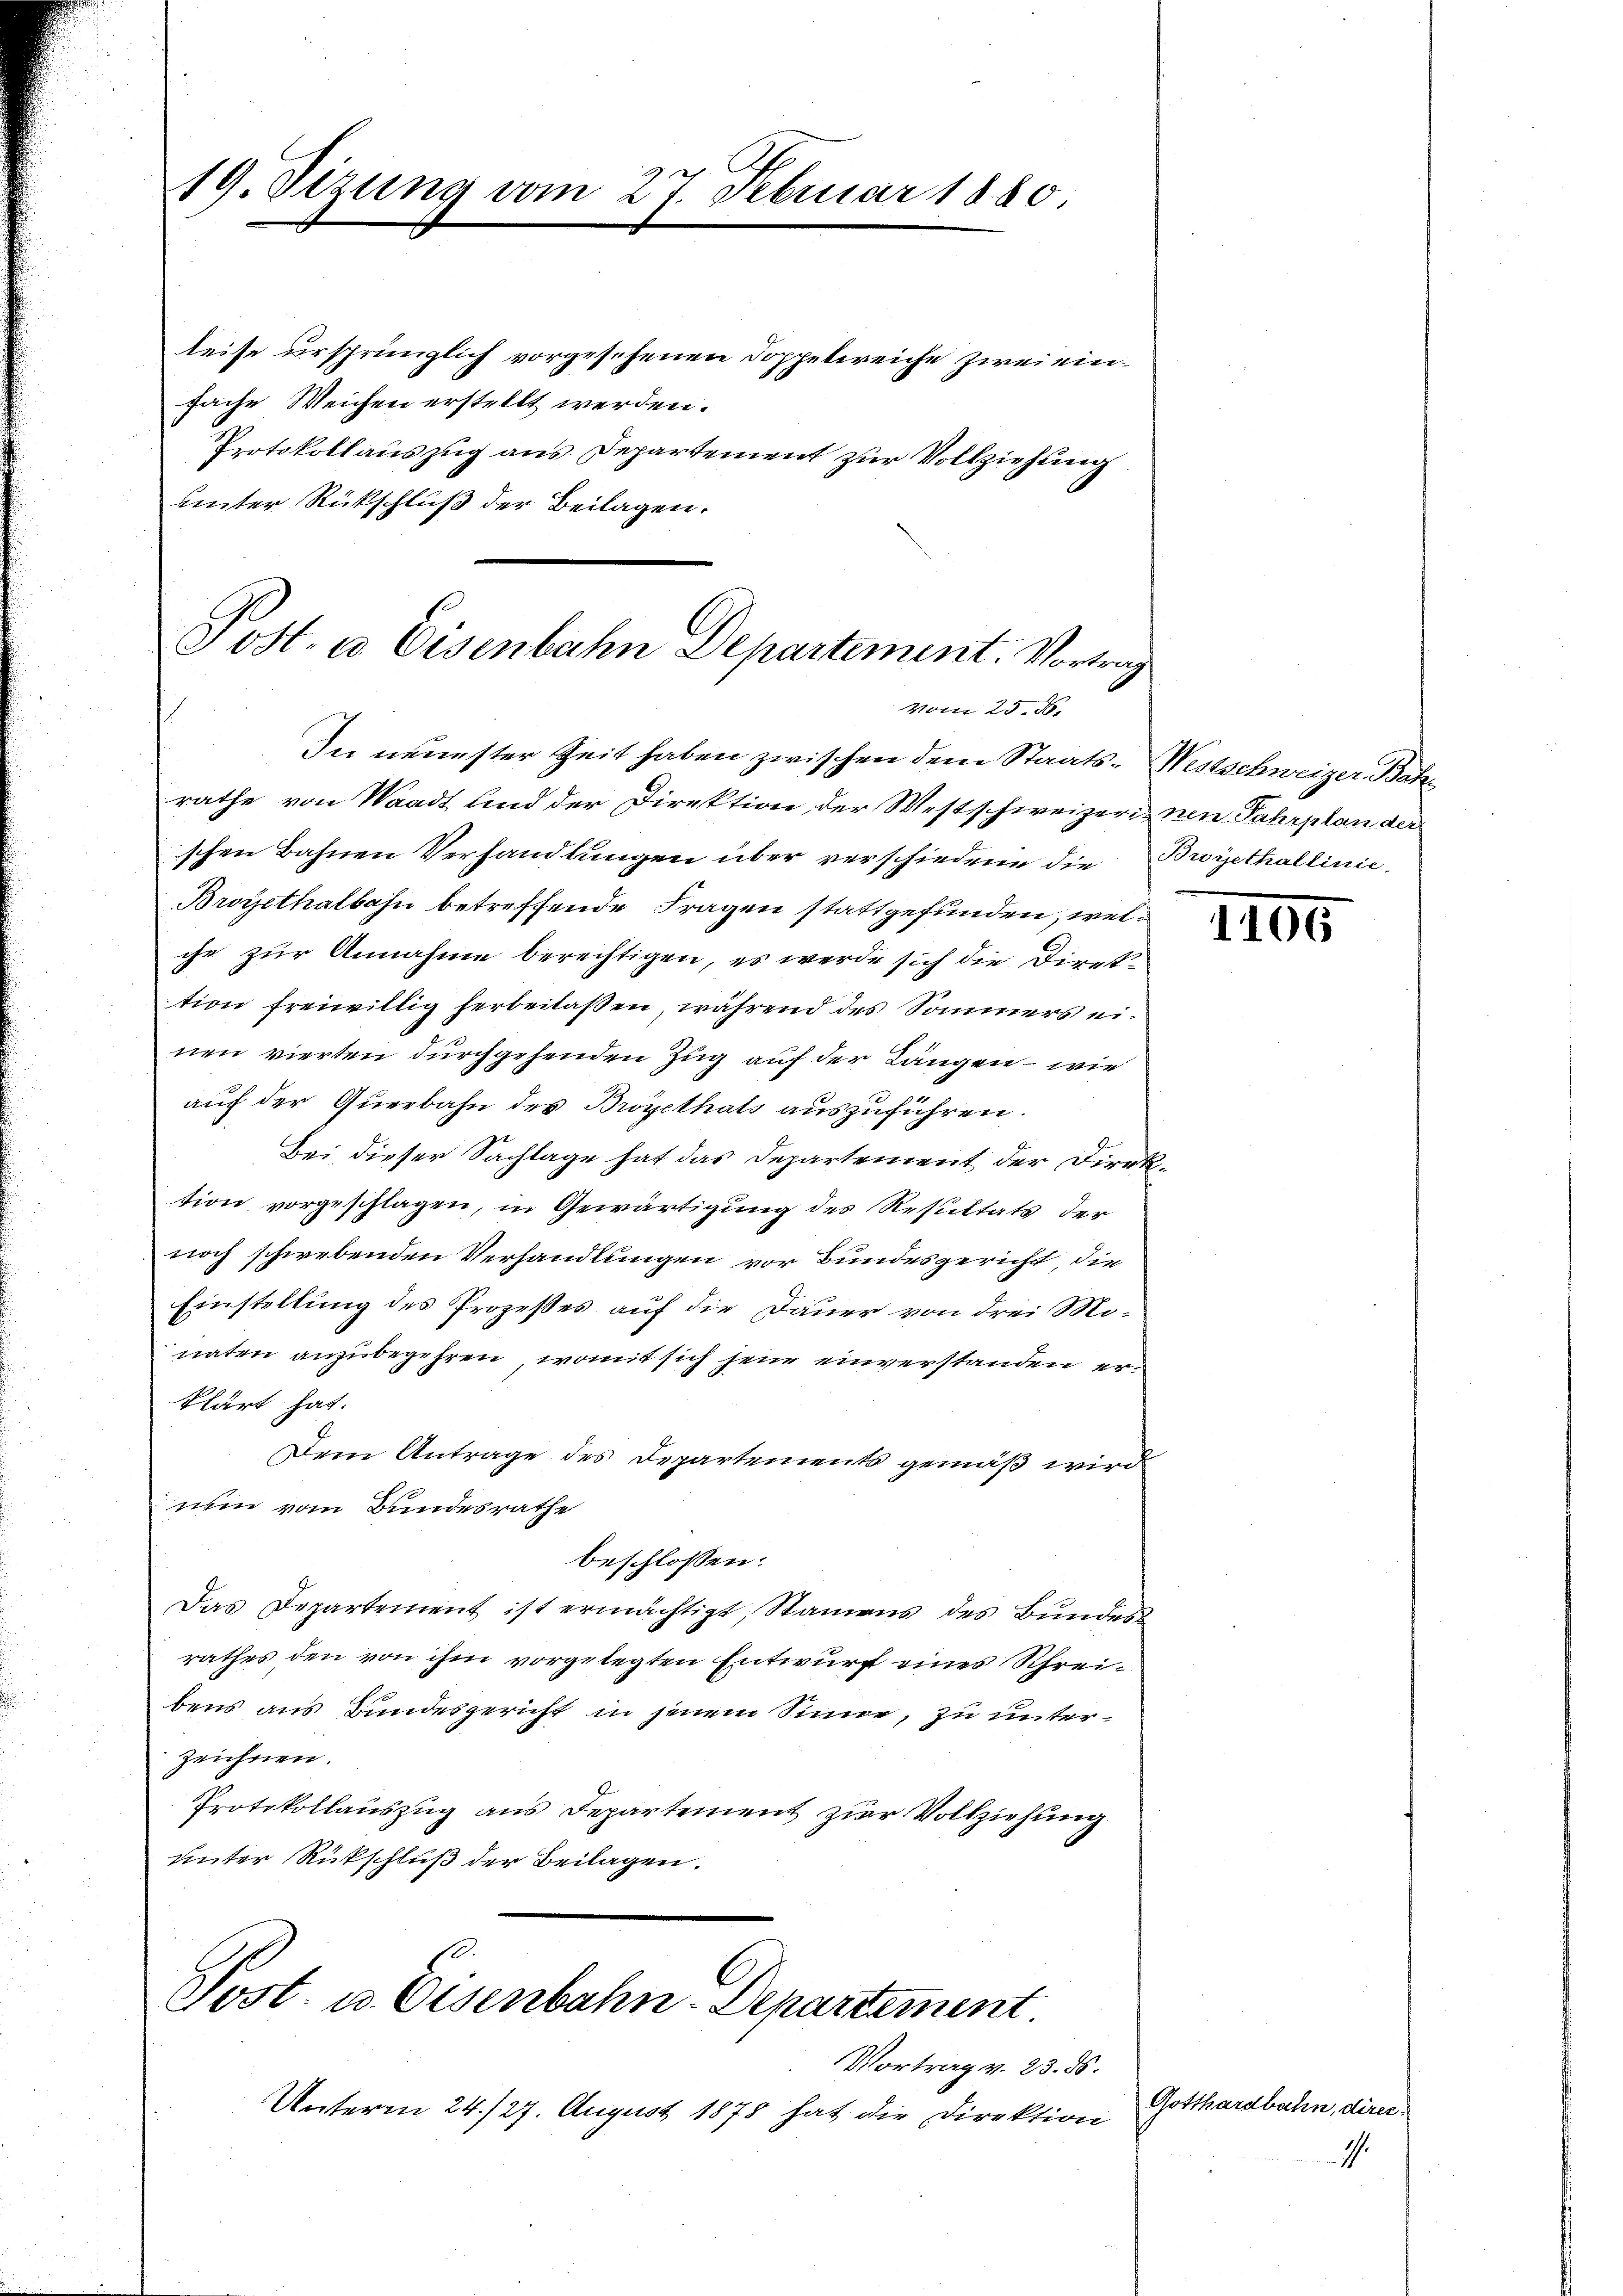
19. Sizung vom 27. Februar 1880

leise ursprünglich vorgesehenen Doppelereiche zwei einfache Weichen erstellt werden.
Protokollauszug aus Departement zur Vollziehung
uinter Rückschluß der Beilagen.

Post es Eisenbahn Departement. Vortrag
Vom 25. ds.
In neuester Zeit haben zwischen dem Staats-Westschweizer Bahn

rathe von Waadt und der Direktion der Westschweizerin nen Fahrplan der
schen Bahnen Verhandlungen über verschiedene die Broyethallinie,
Broyethalbahn betreffende Fragen stattgefunden, welche zur Annahme berechtigen, es werde sich die Diret
tion freiwillig herbeilassen, während des Sommers einen vierten durchgehenden Zug auf der Längen – wie
auf der Querbahn des Brögethats auszuführen.
Bei dieser Sachlage hat das Departement der Direktion vorgeschlagen, in Gewärtigung des Resultats der
noch schwebenden Verhandlungen vor Bundesgericht, die
Einstellung des Prozesses auf die Dauer von drei Monaten anzubegehren, womit sich jene einverstanden erklärt hat.
Dem Antrage des Departements gemäß wird
nem vom Bundesrathe
beschlossen:
Das Departement ist ermächtigt, Stammens des Bundes
rathes den von ihm vorgelegten Entwurf eines Schreibens aus Bundesgericht in jenem Sinne, zu unterzeichnen.
Protokollauszug aus Departement zur Vollziehung
unter Rückschluß der Beilagen.

Post. u. Eisenbahn-Departement

Vortrag v. 23. ds.
Unterm 24./27. August 1878 hat die Direktion

1100

Gotthardbahn, direc¬

1.